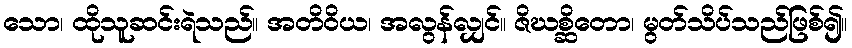
သော၊ ထိုသူဆင်းရဲသည်။ အတိဝိယ၊ အလွန်လျှင်။ ဇိဃစ္ဆိတော၊ မွတ်သိပ်သည်ဖြစ်၍။